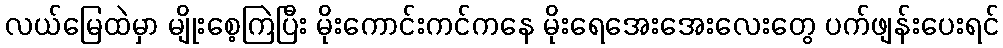
လယ်မြေထဲမှာ မျိုးစေ့ကြဲပြီး မိုးကောင်းကင်ကနေ မိုးရေအေးအေးလေးတွေ ပက်ဖျန်းပေးရင်